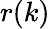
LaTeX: r(k)